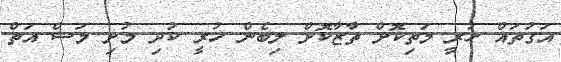
އަގުތައް ހުރީ މަތިކޮށް ތާޒާކޮށް ލިބެން ހުރީ ކުދި މުށި މަސް އަތް